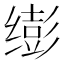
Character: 𫄵